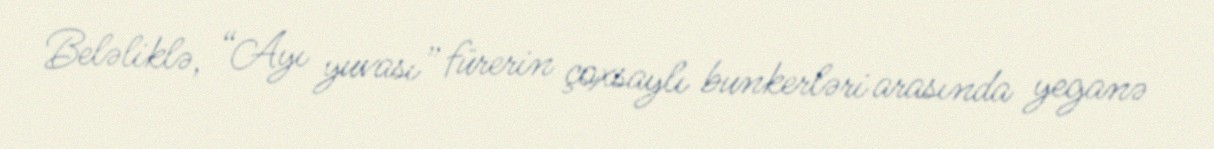
Beləliklə, “Ayı yuvası” fürerin çoxsaylı bunkerləri arasında yeganə